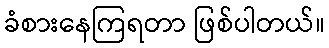
ခံစားနေကြရတာ ဖြစ်ပါတယ်။